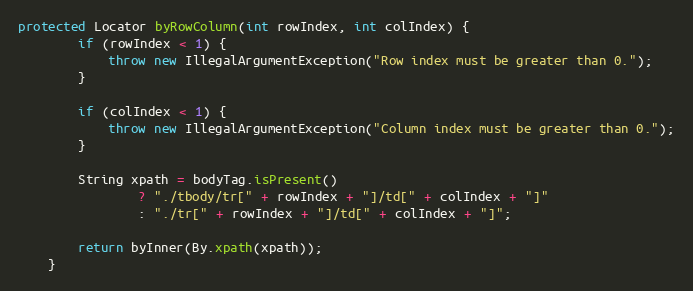
Language: Java
protected Locator byRowColumn(int rowIndex, int colIndex) {
        if (rowIndex < 1) {
            throw new IllegalArgumentException("Row index must be greater than 0.");
        }

        if (colIndex < 1) {
            throw new IllegalArgumentException("Column index must be greater than 0.");
        }

        String xpath = bodyTag.isPresent()
                ? "./tbody/tr[" + rowIndex + "]/td[" + colIndex + "]"
                : "./tr[" + rowIndex + "]/td[" + colIndex + "]";

        return byInner(By.xpath(xpath));
    }